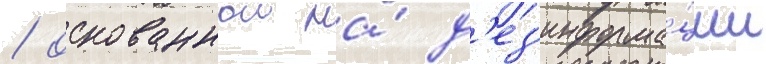
/ основаннои на́ д'ез'информа́ции